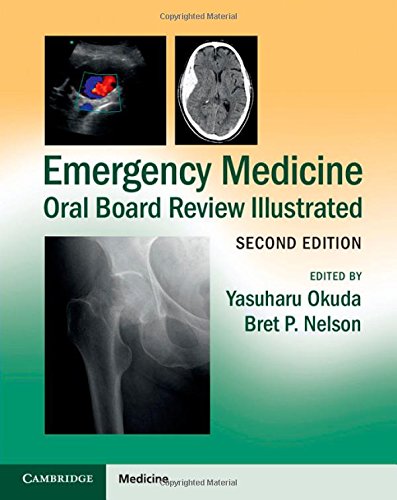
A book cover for Emergency Medicine Oral Board Review Illustrated; Medical Books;